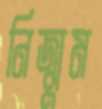
নিজ্ঝুম